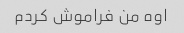
اوه من فراموش کردم